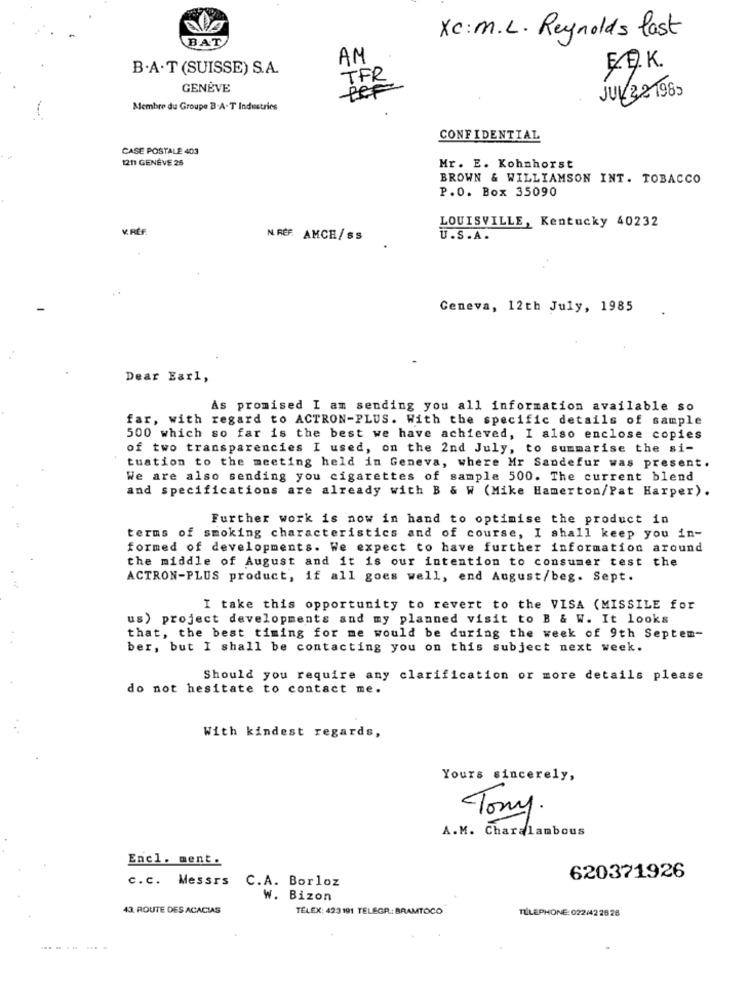
BAT
Xc: M.L. Reynolds last
AM
B.A . T (SUISSE) S.A.
E.E.K.
TFR
GENÈVE
PeF
JUL 32 1985
Membre du Groupe B.A. T Industries
CONFIDENTIAL
CASE POSTALE 403
1211 GENÈVE 25
Mr. E. Kohnhorst
BROWN & WILLIAMSON INT. TOBACCO
P.O. Box 35090
LOUISVILLE, Kentucky 40232
N. RÉF. AMCH/ss
U.S.A.
Geneva, 12th July, 1985
Dear Earl,
As promised I am sending you all information available so
far, with regard to ACTRON-PLUS. With the specific details of sample
500 which so far is the best we have achieved, I also enclose copies
of two transparencies I used, on the 2nd July, to summarise the si-
tuation to the meeting held in Geneva, where Mr Sandefur was present.
We are also sending you cigarettes of sample 500. The current blend
and specifications are already with B & W (Mike Hamerton/Pat Harper).
Further work is now in hand to optimise the product in
terms of smoking characteristics and of course, I shall keep you in-
formed of developments. We expect to have further information around
the middle of August and it is our intention to consumer test the
ACTRON-PLUS product, if all goes well, end August/beg. Sept.
I take this opportunity to revert to the VISA (MISSILE for
us) project developments and my planned visit to B & W. It looks
that, the best timing for me would be during the week of 9th Septem-
ber, but I shall be contacting you on this subject next week.
Should you require any clarification or more details please
do not hesitate to contact me.
With kindest regards,
Yours sincerely,
Tony
A.M. Charalambous
Encl. ment.
C.c. Messrs C.A. Borloz
620371926
W. Bizon
43. ROUTE DES ACACIAS
TÉLEX: 423191 TELEGR. BRAMTOCO
TELEPHONE: 022442 28 28